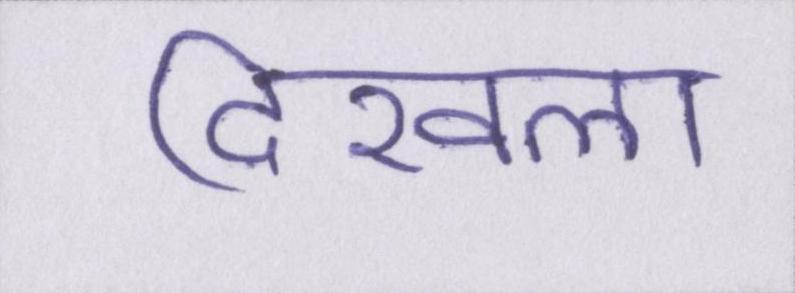
दिखला